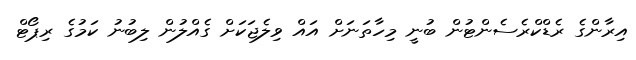
އިރާންގެ ރެޑްކްރެސެންޓުން ބުނީ މިހާތަނަށް އައް ވިލެޖަކަށް ގެއްލުން ލިބުނު ކަމުގެ ރިޕޯޓް